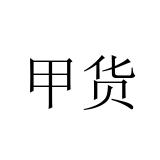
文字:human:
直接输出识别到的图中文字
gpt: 甲货